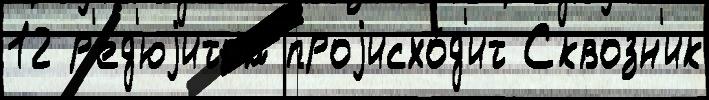
12 р'ед'юjитом проjисхо́д'ит Сквозн'ик